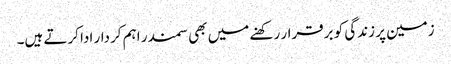
زمین پر زندگی کو برقرار رکھنے میں بھی سمندر اہم کردار ادا کرتے ہیں۔